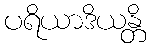
ပရိယာဒိယန္တိ